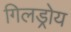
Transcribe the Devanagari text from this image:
गिलड्रोय